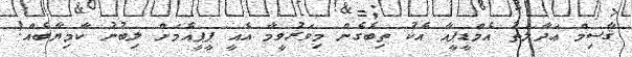
ޤާސިމް ޢަދާލަތު އެމްޑީޕީއާ އެކު ތިބެގެން މިވަރުވީމާ އެއީ ޕީޕީއެމަށް ލިބުނު ކާމިޔާބެއް!